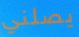
يصلني